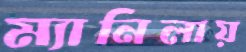
ম্যানিলায়